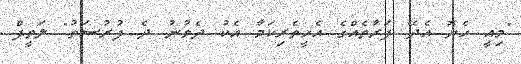
"މިއީ ހެޔޮ އެދޭ ފަރާތެއްގެ އެހީތެރިކަމާ އެކު ދެވުނު ދެ ފުރުސަތު" ލަތީފް